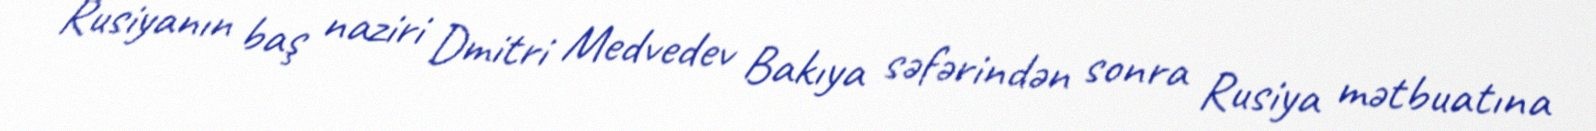
Rusiyanın baş naziri Dmitri Medvedev Bakıya səfərindən sonra Rusiya mətbuatına